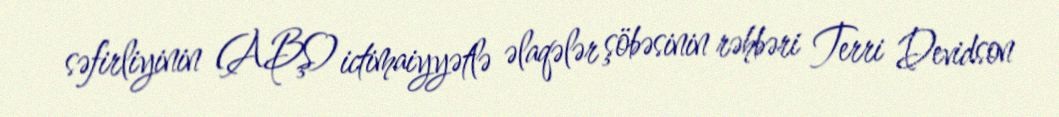
səfirliyinin (ABŞ) ictimaiyyətlə əlaqələr şöbəsinin rəhbəri Terri Devidson